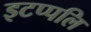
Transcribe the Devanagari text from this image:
इटप्पलि